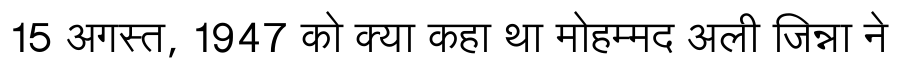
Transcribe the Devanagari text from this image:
15 अगस्त, 1947 को क्या कहा था मोहम्मद अली जिन्ना ने